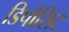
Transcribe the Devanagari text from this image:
डिपोसिट